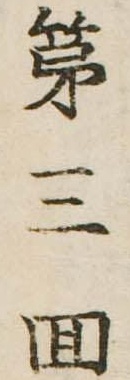
第三回